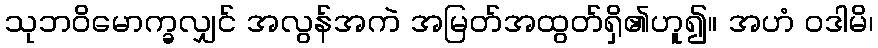
သုဘဝိမောက္ခလျှင် အလွန်အကဲ အမြတ်အထွတ်ရှိ၏ဟူ၍။ အဟံ ဝဒါမိ၊